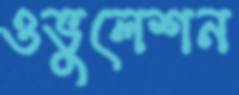
ওভুলেশন